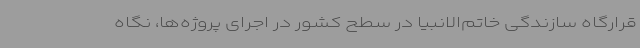
قرارگاه سازندگی خاتم‌الانبیا در سطح کشور در اجرای پروژه‌ها، نگاه